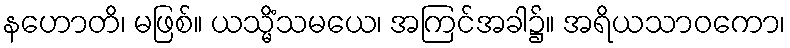
နဟောတိ၊ မဖြစ်။ ယသ္မိံသမယေ၊ အကြင်အခါ၌။ အရိယသာဝကော၊